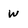
Character: w